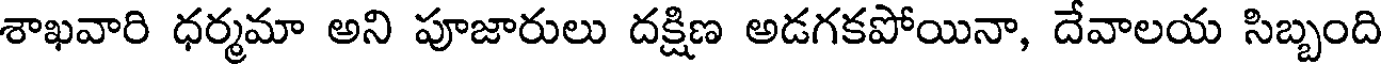
శాఖవారి ధర్మమా అని పూజారులు దక్షిణ అడగకపోయినా, దేవాలయ సిబ్బంది